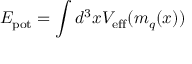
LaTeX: { \cal E } _ { \mathrm { p o t } } = \int d ^ { 3 } x { \cal V } _ { \mathrm { e f f } } ( m _ { q } ( x ) )